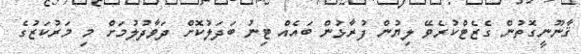
ޤާނޫނީގޮތުން ގެޒެޓްކުރެވޭ ލިޔުން ފުރާޅުން ބައެއް ޓިނު ބަދަލުކޮށް ދަވާދުލުމަށް މި މަރުކަޒުގެ